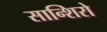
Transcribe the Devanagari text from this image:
सान्शिरो